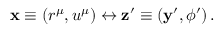
\mathbf { x } \equiv \left( r ^ { \mu } , u ^ { \mu } \right) \leftrightarrow \mathbf { z } ^ { \prime } \equiv \left( \mathbf { y } ^ { \prime } , \phi ^ { \prime } \right) .